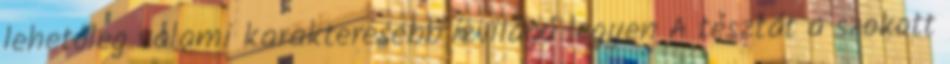
lehetőleg valami karakteresebb ízvilágú legyen A tésztát a szokott